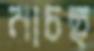
নাচছ